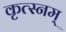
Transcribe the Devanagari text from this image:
कृत्स्नम्‌